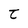
Character: t